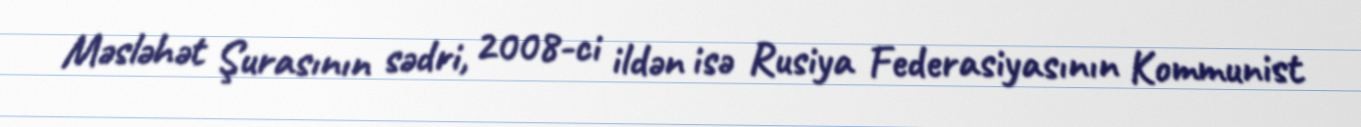
Məsləhət Şurasının sədri, 2008-ci ildən isə Rusiya Federasiyasının Kommunist